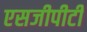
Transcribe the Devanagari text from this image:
एसजीपीटी